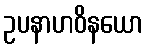
ဥပနာဟဝိနယော